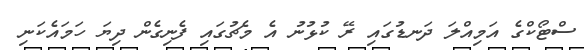
ސްޓޯކްގެ އަމިއްލަ ދަނޑުގައި ރޭ ކުޅުނު އެ މެޗުގައި ފެނިގެން ދިޔަ ހަމައެކަނި